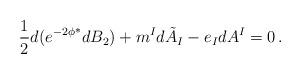
LaTeX: \begin{align*}\frac12 d (e^{-2 \phi} \rule{0pt}{10pt}^* d B_2 ) + m^I d \tilde A_I - e_I d A^I = 0 \, .\end{align*}